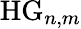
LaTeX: \mathrm{HG}_{n,m}